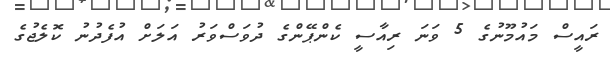
ރައީސް މައުމޫނުގެ 5 ވަނަ ރިއާސީ ކެންޕޭންގެ ދުވަސްވަރު އަލަށް އުފެދުނު ކޮލެޖުގެ